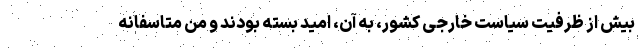
بیش از ظرفیت سیاست خارجی کشور، به آن، امید بسته بودند و من متاسفانه